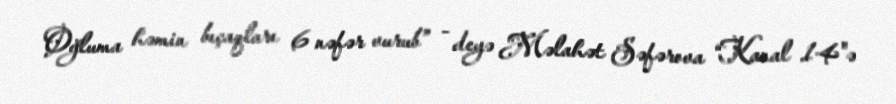
Oğluma həmin bıçaqları 6 nəfər vurub” - deyə Məlahət Səfərova “Kanal 14"ə